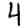
Digit: 4